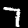
Digit: 7